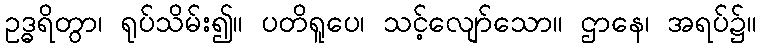
ဥဒ္ဓရိတွာ၊ ရုပ်သိမ်း၍။ ပတိရူပေ၊ သင့်လျော်သော။ ဌာနေ၊ အရပ်၌။